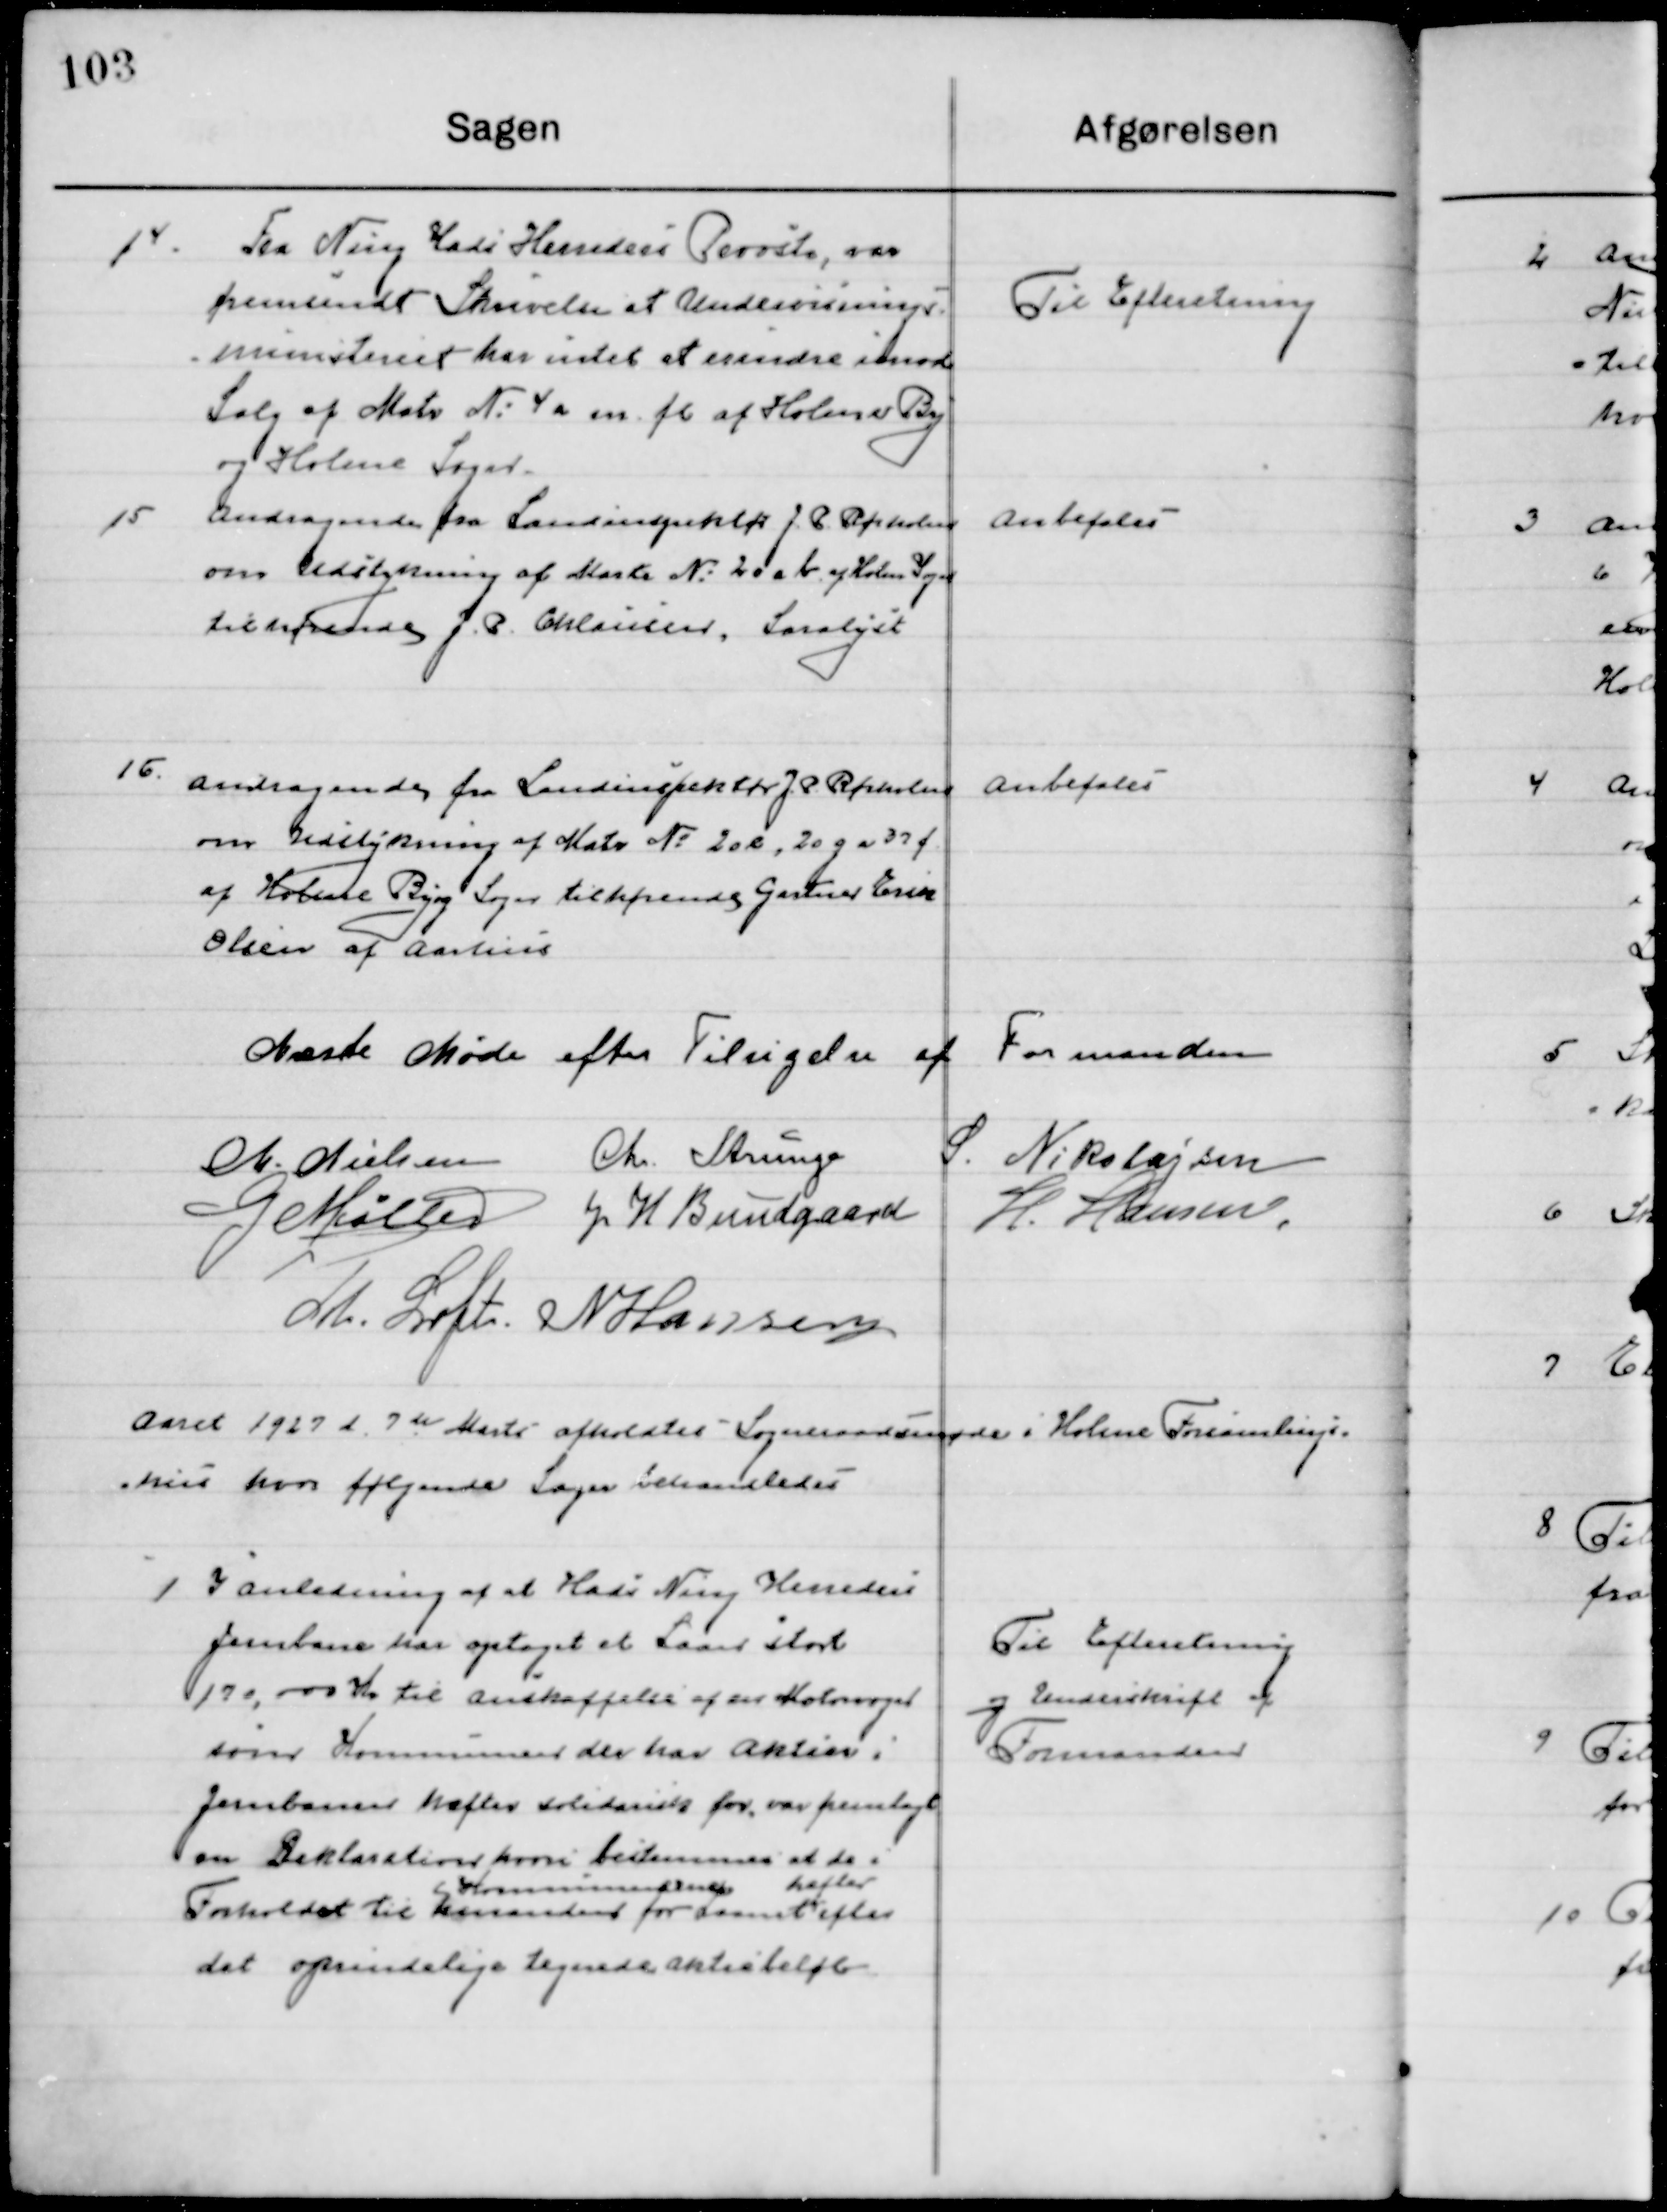
Transskription:
14

Fra Ning Hads Herreders Provsti, var
fremsendt Skrivelse af Undervisnings-
ministeriet har intet at erindre imod 
Salg af Matr. No. 4 a m. fl. af Holme By 
og Holme Sogn.

Til Efterretning

15

Andragende fra Landinspektør J. P. Rørholm
om Udstykning af Matr. No. 20 ab af Holme Sogn 
tilhørende J. P. Clausen, Saralyst.

Anbefales

16

Andragende fra Landinspektør J. P. Rørholm
om Udstykning af Matr. No. 20 e, 20 g og 37 f
af Holme By og Sogn tilhørende Gustav Erik
Olsen af Aarhus.

Anbefales

Næste Møde efter Tilsigelse af Formanden

M. Nielsen
Chr. Strunge
S. Nikolajsen
G. Møller
J. H. Bundgaard
H. Hansen,
M. Loft
N. Hansen

Aaret 1927 d. 9de  Marts afholdtes  Sogneraadsmøde i Holme Forsamlings-
hus hvor følgende Sager behandledes.

1

I Anledning af at Hads Ning Herreders 
Jernbane har optaget et Laan stort
170,000 Kr. til Anskaffelse af der 
som Kommuner der har aktier i
Jernbanen hæfter solidarisk for, var fremlagt
om Deklaration hvori bestemmes at de i 
forhold til hinanden 
Kommu
for Laanet
hæfter 
efter
det oprindelige tegnede Aktiebeløb.

Til Efterretning
 og Underskrift af
Formanden